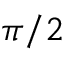
\scriptstyle { \pi / 2 }